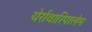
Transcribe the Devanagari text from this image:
येर्रावारिपालेम